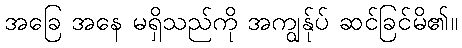
အခြေ အနေ မရှိသည်ကို အကျွန်ုပ် ဆင်ခြင်မိ၏။